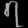
Digit: ၇